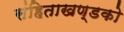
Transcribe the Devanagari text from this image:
संहिताखण्डको